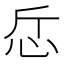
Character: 𢗹